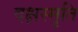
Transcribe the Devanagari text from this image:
दक्षस्मृति